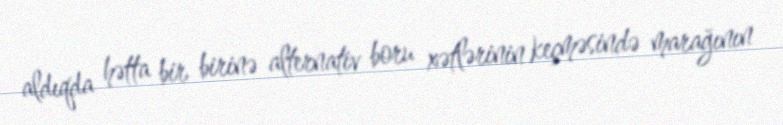
aldıqda hətta bir birinə alternativ boru xətlərinin keçməsində marağının